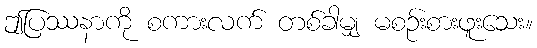
ဤပြဿနာကို စကားလက် တစ်ခါမျှ မစဉ်းစားဖူးသေး။